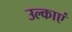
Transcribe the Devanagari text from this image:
उल्काएं